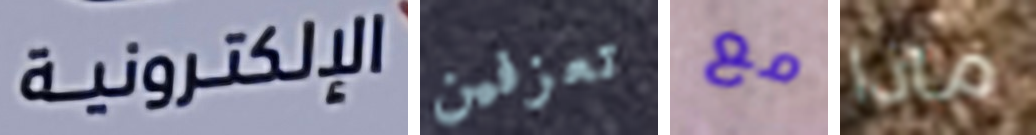
الإلكترونية تعزفين مع ماذا